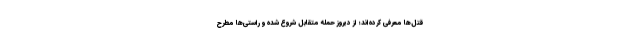
قتل‌ها معرفى كرده‌اند؛ از دیروز حمله متقابل شروع شده و راستى‌ها مطرح